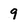
Character: 9